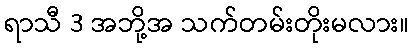
ရာသီ 3 အဘို့အ သက်တမ်းတိုးမလား။